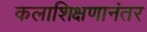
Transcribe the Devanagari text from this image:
कलाशिक्षणानंतर